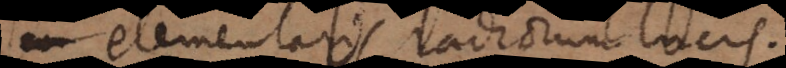
elementaris radiorum lucis.